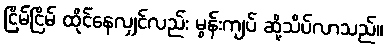
ငြိမ်ငြိမ် ထိုင်နေလျှင်လည်း မွန်းကျပ် ဆို့သိပ်လာသည်။